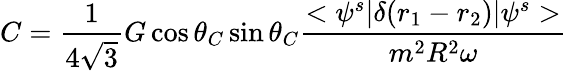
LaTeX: C={\frac{1}{4\sqrt{3}}}G\cos\theta_{C}\sin\theta_{C}{\frac{<\psi^{s}|\delta(r_{1}-r_{2})|\psi^{s}>}{m^{2}R^{2}\omega}}